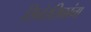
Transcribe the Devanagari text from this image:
सिनेरसिकांना